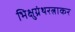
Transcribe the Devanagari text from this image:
भिक्षुग्रंथरत्नाकर